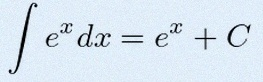
\int e^x dx=e^x+C